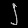
Digit: ၂